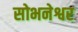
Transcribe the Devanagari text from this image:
सोभनेश्वर